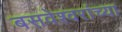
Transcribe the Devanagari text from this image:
बसवेश्वरांच्या